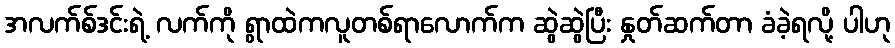
အလက်စ်ဒင်းရဲ့ လက်ကို ရွာထဲကလူတစ်ရာလောက်က ဆွဲဆွဲပြီး နှုတ်ဆက်တာ ခံခဲ့ရလို့ ပါဟု